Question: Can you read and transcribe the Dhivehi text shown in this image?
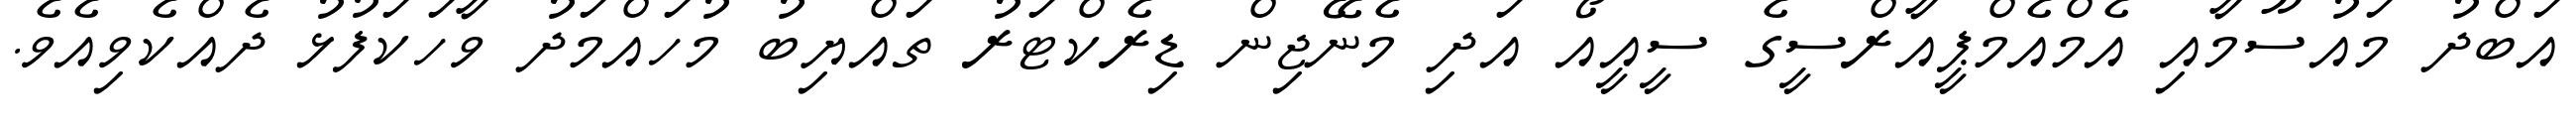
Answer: އަބްދު މައުސޫމާއި އެމްއެމްޕީއާރްސީގެ ސީއީއޯ އަދި މެނޭޖިން ޑިރެކްޓަރު ތައްޔިބު މުހައްމަދު ވާހަކަފުޅު ދެއްކެވިއެވެ.